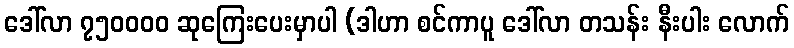
ဒေါ်လာ ၇၅၀၀၀၀ ဆုကြေးပေးမှာပါ (ဒါဟာ စင်ကာပူ ဒေါ်လာ တသန်း နီးပါး လောက်